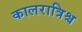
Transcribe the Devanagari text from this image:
कालरात्रिश्च